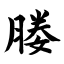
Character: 媵